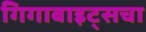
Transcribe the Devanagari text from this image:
गिगाबाइट्सचा